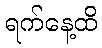
ရက်နေ့ထိ